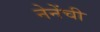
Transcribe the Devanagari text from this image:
नेनेंची